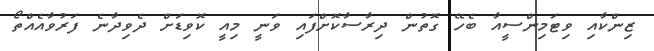
ޒިންކާއި ވިޓަމިންސީއާ ބެހޭ ގޮތުން ދިރާސާކޮށްފައި ވަނީ މިއީ ކޮވިޑަށް ދެވިދާނެ ފަރުވާއެއްތޯ